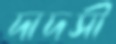
দাদসী